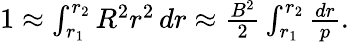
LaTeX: \begin{array}{r}{1\approx\int_{r_{1}}^{r_{2}}R^{2}r^{2}\, dr\approx\frac{B^{2}}{2}\int_{r_{1}}^{r_{2}}\frac{dr}{p}.}\end{array}